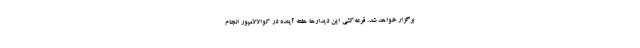
برگزار خواهد شد. قرعه‌کشی این دیدارها هفته آینده در کوالالامپور انجام